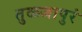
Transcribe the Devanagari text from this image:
तुळजापुरं